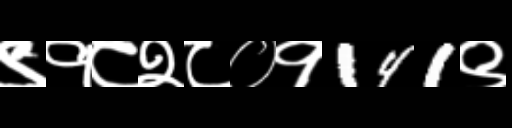
Text: ९१८२८०१141९